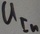
Text: UIn